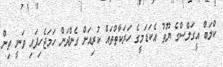
ކްލަބް އީގަލްސްގެ ޔޫތު އެކަޑަމީގެ ހަރަކާތްތައް ކުރިއަށް ގެންދަން ހަމަޖެހިފައި ވަނީ ތިން